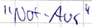
Text: "Not-Aus"